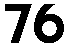
76